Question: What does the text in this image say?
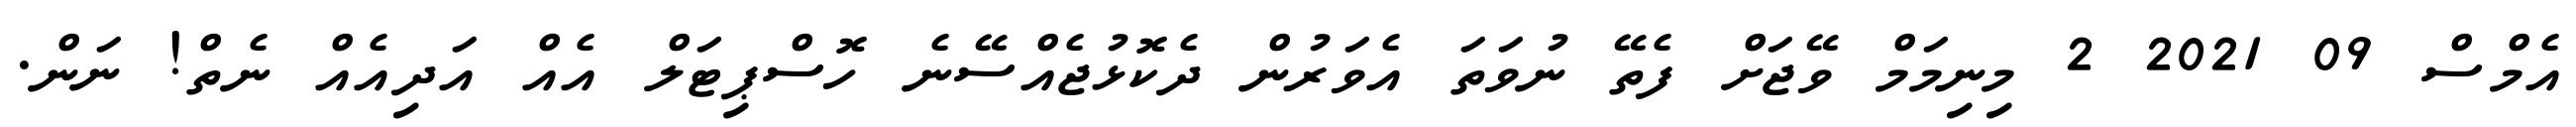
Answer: އެމްސް 09 2021 2 މިނިމަމް ވޭޖަށް ފެތޭ ނުވަތަ އެވަރުން ދެކޮޅުޖެއްސޭނެ ހޮސްޕިޓަލް އެއް އަދިއެއް ނެތް! ނަން.